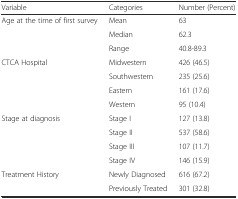
| Variable | Categories | Number (Percent) |
 | --- | --- | --- |
 | <ROWSPAN=3> Age at the time of first survey | Mean | 63 |
 | Median | 62.3 |
 | Range | 40.8-89.3 |
 | <ROWSPAN=4> CTCA Hospital | Midwestern | 426 (46.5) |
 | Southwestern | 235 (25.6) |
 | Eastern | 161 (17.6) |
 | Western | 95 (10.4) |
 | <ROWSPAN=4> Stage at diagnosis | Stage I | 127 (13.8) |
 | Stage II | 537 (58.6) |
 | Stage III | 107 (11.7) |
 | Stage IV | 146 (15.9) |
 | <ROWSPAN=2> Treatment History | Newly Diagnosed | 616 (67.2) |
 | Previously Treated | 301 (32.8) |